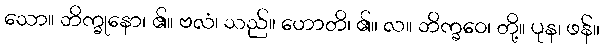
သော။ ဘိက္ခုနော၊ ၏။ ဗလံ၊ သည်။ ဟောတိ၊ ၏။ လ။ ဘိက္ခဝေ၊ တို့။ ပုန၊ ဖန်။